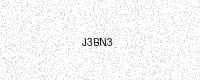
Text: J3BN3